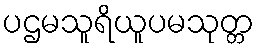
ပဌမသူရိယူပမသုတ္တ